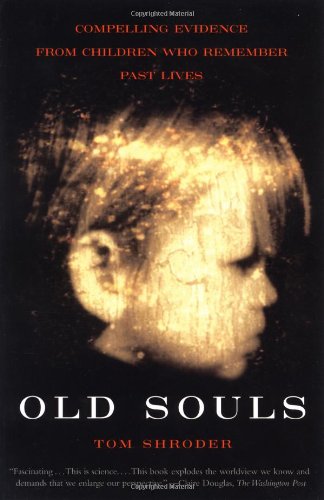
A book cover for Old Souls: Compelling Evidence from Children Who Remember Past Lives; Tom Shroder; Religion & Spirituality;